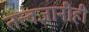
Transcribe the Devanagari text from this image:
तत्त्वज्ञानीही